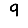
Digit: 9